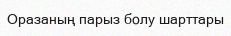
Оразаның парыз болу шарттары